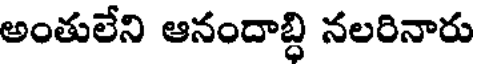
అంతులేని ఆనందాబ్ధి నలరినారు